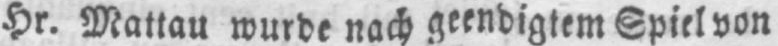
Hr. Mattau wurde nach geendigtem Spiel von